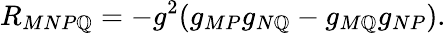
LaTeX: R_{MNP\mathbb{Q}}=-g^{2}(g_{MP}g_{N\mathbb{Q}}-g_{M\mathbb{Q}}g_{NP}).